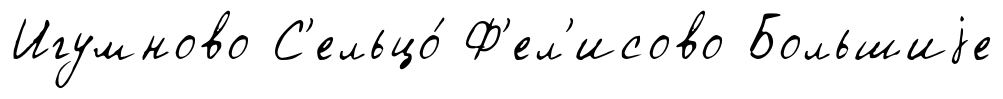
Игумново С'ельцо́ Ф'ел'исово Большиjе